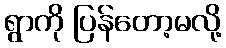
ရွာကို ပြန်တော့မလို့